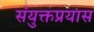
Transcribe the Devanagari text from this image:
संयुक्तप्रयास